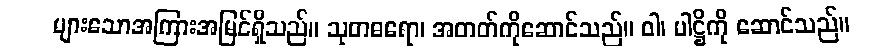
များသောအကြားအမြင်ရှိသည်။ သုတဓရော၊ အတတ်ကိုဆောင်သည်။ ဝါ၊ ပါဋ္ဌိကို ဆောင်သည်။